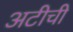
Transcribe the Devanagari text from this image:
अटीची